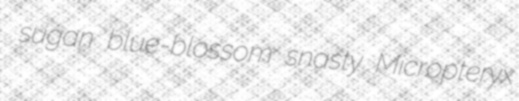
sugan blue-blossom snasty Micropteryx